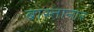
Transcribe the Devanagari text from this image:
बास्तानार